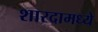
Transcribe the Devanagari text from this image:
शारदामध्ये